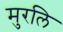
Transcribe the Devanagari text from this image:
मुरलि